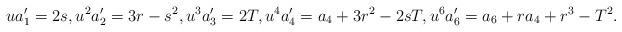
LaTeX: \begin{align*} ua_1' = 2s, u^2 a_2' = 3r - s^2, u^3 a_3' = 2T, u^4 a_4' = a_4 + 3r^2 - 2sT, u^6 a_6' = a_6 + r a_4 + r^3 - T^2.\end{align*}